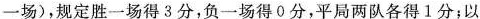
一场)，规定胜一场得3分，负一场得0分，平局两队各得1分；以